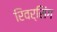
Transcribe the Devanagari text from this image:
रिवर्सिंग